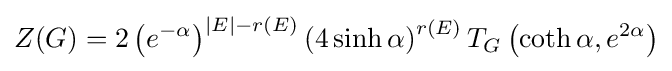
Z(G)=2\left(e^{-\alpha }\right)^{|E|-r(E)}\left(4\sinh \alpha \right)^{r(E)}T_{G}\left(\coth \alpha ,e^{2\alpha }\right)